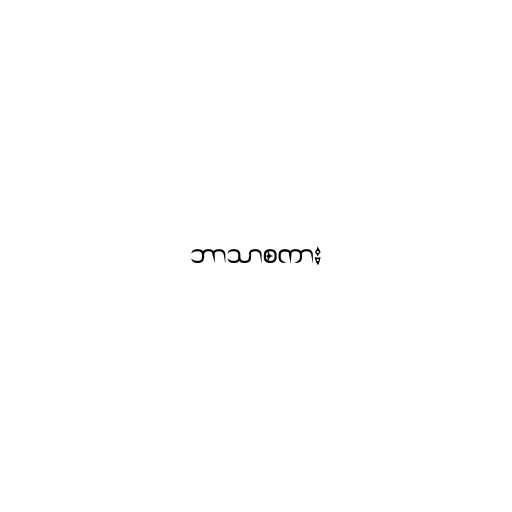
ဘာသာစကား